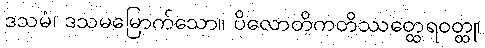
ဒသမံ၊ ဒသမမြောက်သော။ ပိလောတိကတိဿတ္ထေရဝတ္ထု၊